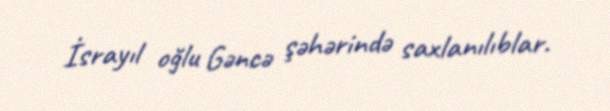
İsrayıl oğlu Gəncə şəhərində saxlanılıblar.